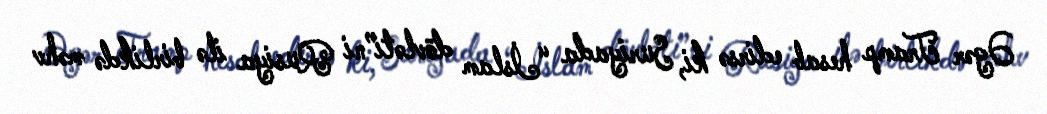
Əgər Tramp hesab edirsə ki, Suriyada “İslam dövləti”ni Rusiya ilə birlikdə məhv